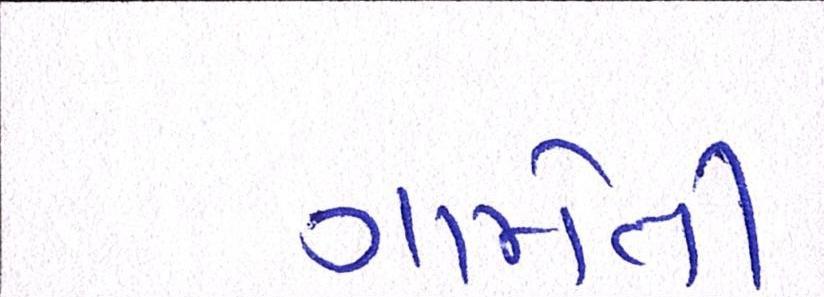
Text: ગામેતી